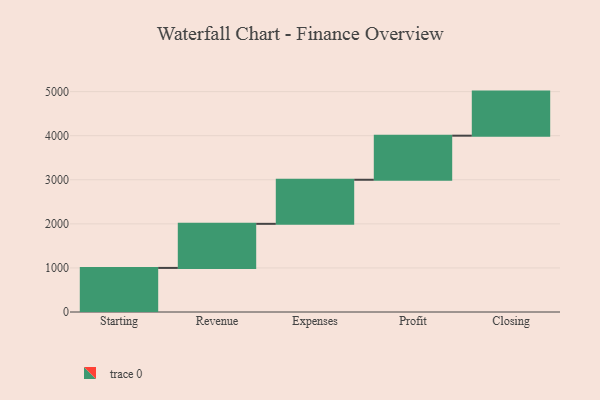
{"axis": {"x": "Step", "y": "Value"}, "legend": [""], "data": [{"x": "Starting", "y": 1000, "type": ""}, {"x": "Revenue", "y": 1000, "type": ""}, {"x": "Expenses", "y": 1000, "type": ""}, {"x": "Profit", "y": 1000, "type": ""}, {"x": "Closing", "y": 1000, "type": ""}]}